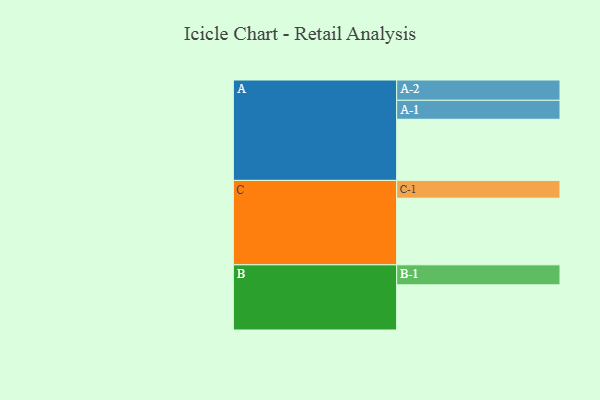
{"axis": {"x": "Segment", "y": "Value"}, "legend": ["", "A", "B", "C"], "data": [{"x": "A", "y": 467, "type": ""}, {"x": "B", "y": 345, "type": ""}, {"x": "C", "y": 509, "type": ""}, {"x": "A-1", "y": 145, "type": "A"}, {"x": "A-2", "y": 155, "type": "A"}, {"x": "B-1", "y": 153, "type": "B"}, {"x": "C-1", "y": 136, "type": "C"}]}